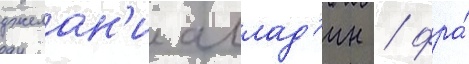
джелан'и аллад'ин / фра́